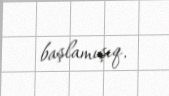
başlamışıq.